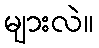
များလဲ။